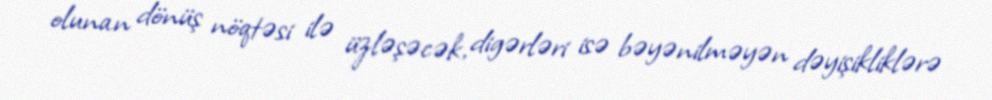
olunan dönüş nöqtəsi ilə üzləşəcək, digərləri isə bəyənilməyən dəyişikliklərə